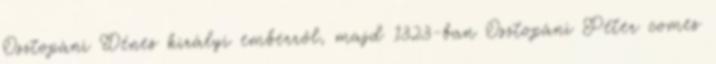
Osztopáni Dénes királyi emberről, majd 1323-ban Osztopáni Péter comes